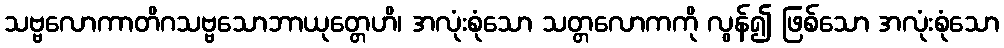
သဗ္ဗလောကာတိဂသဗ္ဗသောဘာယုတ္တေဟိ၊ အလုံးစုံသော သတ္တလောကကို လွန်၍ ဖြစ်သော အလုံးစုံသော